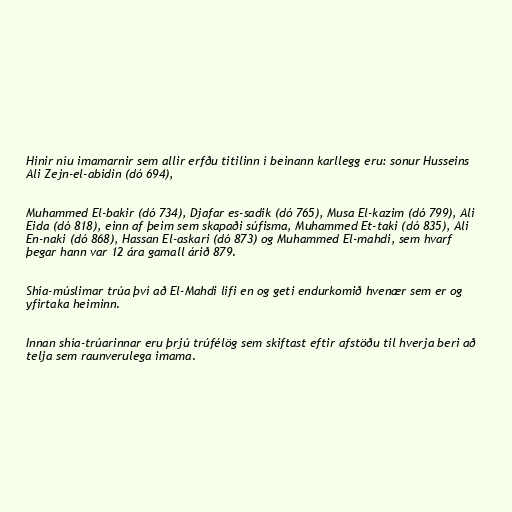
Hinir níu imamarnir sem allir erfðu titilinn í beinann karllegg eru: sonur Husseins
Ali Zejn-el-abidin (dó 694),

Muhammed El-bakir (dó 734), Djafar es-sadik (dó 765), Musa El-kazim (dó 799), Ali
Eida (dó 818), einn af þeim sem skapaði súfisma, Muhammed Et-taki (dó 835), Ali
En-naki (dó 868), Hassan El-askari (dó 873) og Muhammed El-mahdi, sem hvarf
þegar hann var 12 ára gamall árið 879.

Shía-múslimar trúa því að El-Mahdi lifi en og geti endurkomið hvenær sem er og
yfirtaka heiminn.

Innan shía-trúarinnar eru þrjú trúfélög sem skiftast eftir afstöðu til hverja beri að
telja sem raunverulega imama.